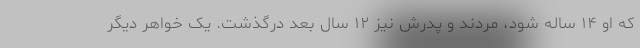
که او ۱۴ ساله شود، مردند و پدرش نیز ۱۲ سال بعد درگذشت. یک خواهر دیگر